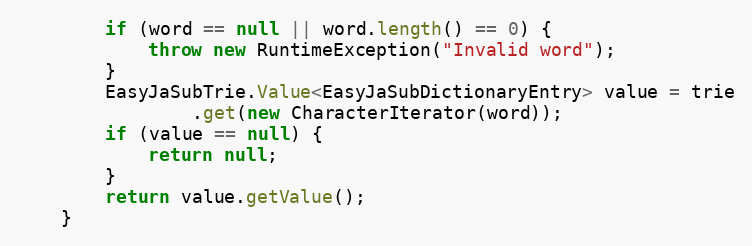
Language: Java
		if (word == null || word.length() == 0) {
			throw new RuntimeException("Invalid word");
		}
		EasyJaSubTrie.Value<EasyJaSubDictionaryEntry> value = trie
				.get(new CharacterIterator(word));
		if (value == null) {
			return null;
		}
		return value.getValue();
	}